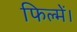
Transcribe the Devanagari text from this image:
फिल्में।